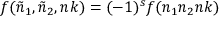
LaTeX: f ( { \tilde { n } } _ { 1 } , { \tilde { n } } _ { 2 } , n k ) = ( - 1 ) ^ { s } f ( n _ { 1 } n _ { 2 } n k )